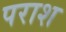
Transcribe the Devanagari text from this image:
पराश